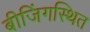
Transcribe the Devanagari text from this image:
बीजिंगस्थित